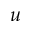
u